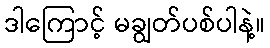
ဒါကြောင့် မချွတ်ပစ်ပါနဲ့။